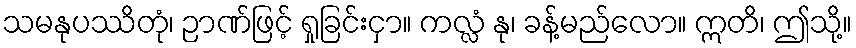
သမနုပဿိတုံ၊ ဉာဏ်ဖြင့် ရှုခြင်းငှာ။ ကလ္လံ နု၊ ခန့်မည်လော။ ဣတိ၊ ဤသို့။